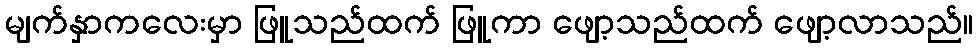
မျက်နှာကလေးမှာ ဖြူသည်ထက် ဖြူကာ ဖျော့သည်ထက် ဖျော့လာသည်။